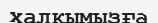
халқымызға